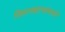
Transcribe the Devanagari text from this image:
विमानहल्यांमध्ये